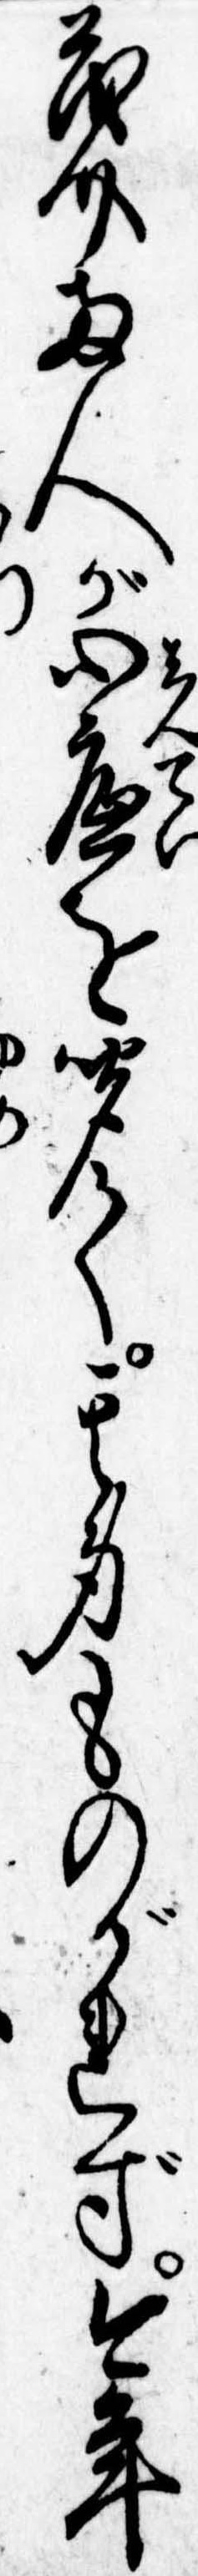
茂介両人が心底を聞て其身ものがれず今年